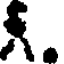
న్